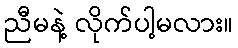
ညီမနဲ့ လိုက်ပါ့မလား။